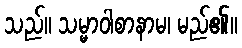
သည်။ သမ္မာဝါစာနာမ၊ မည်၏။